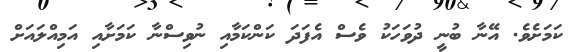
ކަމަށެވެ. އޭނާ ބުނީ ދުވަހަކު ވެސް އެފަދަ ކަންކަމާއި ނުވިސްނާ ކަމަށާއި އަމިއްލައަށް